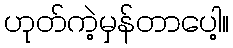
ဟုတ်ကဲ့မှန်တာပေါ့။